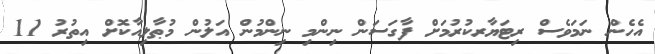
އެހެން ނަމަވެސް ރިޓަޔާރކުރުމަށް ފާގަސަން ނިންމި ނިންމުން އަލުން މުޠާލިއާކޮށް އިތުރު 11